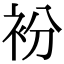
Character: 衯